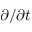
\partial / \partial t